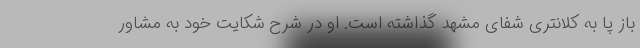
باز پا به کلانتری شفای مشهد گذاشته است. او در شرح شکایت خود به مشاور